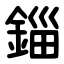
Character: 錙